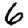
Digit: 6